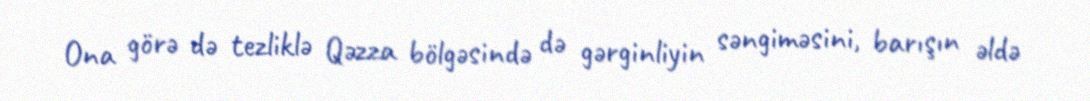
Ona görə də tezliklə Qəzza bölgəsində də gərginliyin səngiməsini, barışın əldə